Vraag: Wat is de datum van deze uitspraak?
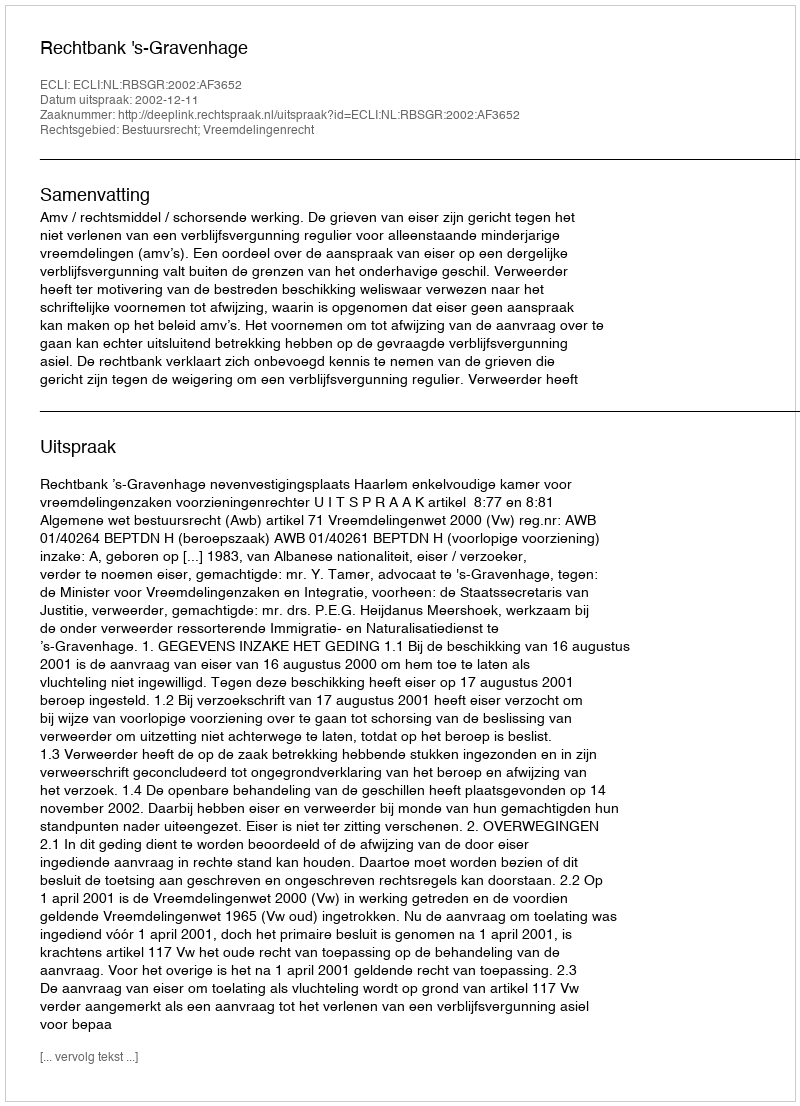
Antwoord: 2002-12-11